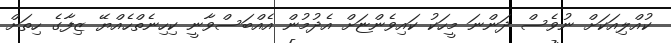
ކުއްލިއަކަށް ނުވެސް ދަންނަ މީހަކު ކައިވެންޏަށް އެދުމުން އެއްބަސްވާނީ ކިހިނެތްހެއްޔޭ ޒިފާގެ ހިތަށް